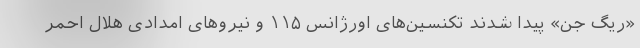
«ریگ جن» پیدا شدند تکنسین‌های اورژانس ۱۱۵ و نیروهای امدادی هلال احمر